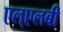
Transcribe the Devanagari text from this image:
एल्‌एलबी